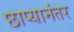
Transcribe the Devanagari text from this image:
छाप्यानंतर